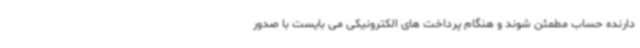
دارنده حساب مطمئن شوند و هنگام پرداخت های الکترونیکی می بایست با صدور